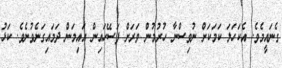
ގެނައީމެވެ. އެކަހަލަ ކަމަކަށް ނުވިސްނާ ހުރުމުން ވަރަށް ފަސޭހައިން އައިމަން ދަމައިގަނެވުނެވެ. ކަޅު